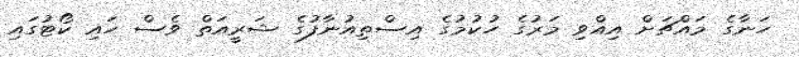
ހަނާގެ މައްޗަށް އިއްވި މަރުގެ ހުކުމުގެ އިސްތިއުނާފުގެ ޝަރީއަތް ވެސް ހައި ކޯޓުގައި